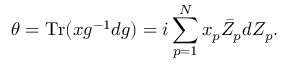
\theta = \mathrm { T r } ( x g ^ { - 1 } d g ) = i \sum _ { p = 1 } ^ { N } x _ { p } \bar { Z } _ { p } d Z _ { p } .